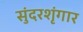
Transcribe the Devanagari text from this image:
सुंदरशृंगार